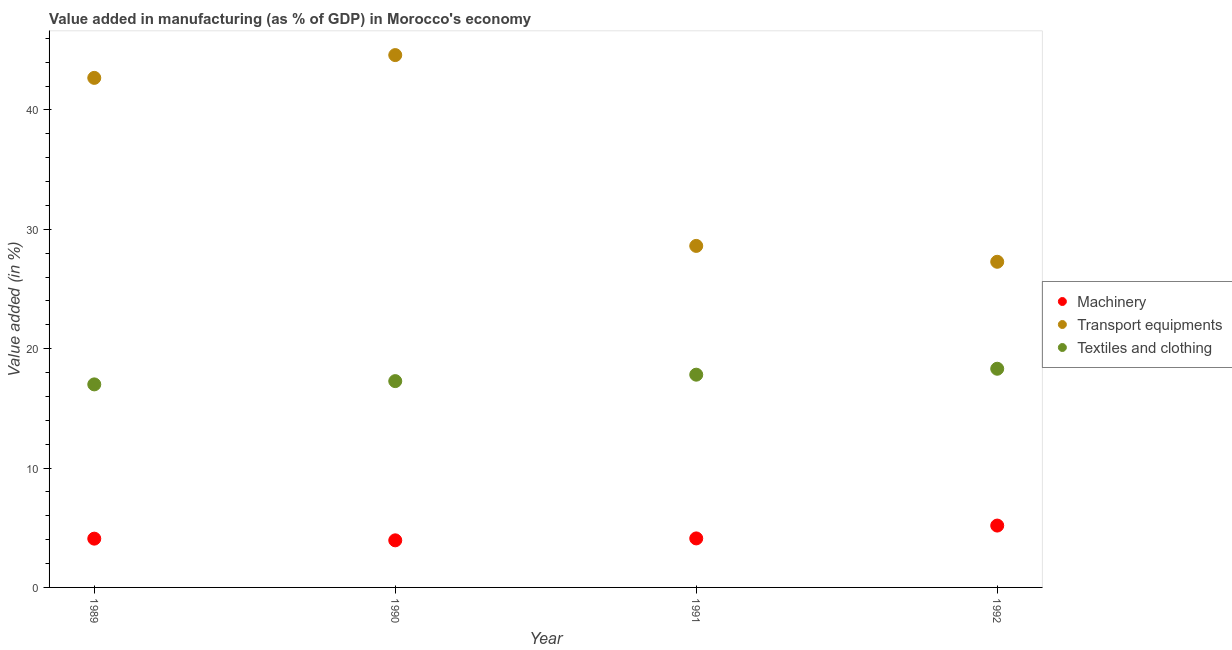
| Year | Machinery | Transport equipments | Textiles and clothing |
 | --- | --- | --- | --- |
 | 1989 | 4.09 | 42.7 | 17 |
 | 1990 | 3.95 | 44.6 | 17.3 |
 | 1991 | 4.11 | 28.6 | 17.8 |
 | 1992 | 5.18 | 27.3 | 18.3 |